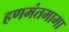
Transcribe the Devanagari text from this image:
हणमंतमामा